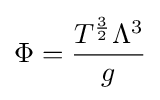
\Phi ={\frac {T^{\frac {3}{2}}\Lambda ^{3}}{g}}